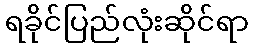
ရခိုင်ပြည်လုံးဆိုင်ရာ